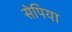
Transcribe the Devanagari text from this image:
सेपिया